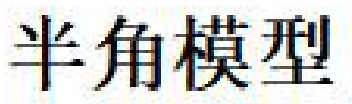
半角模型